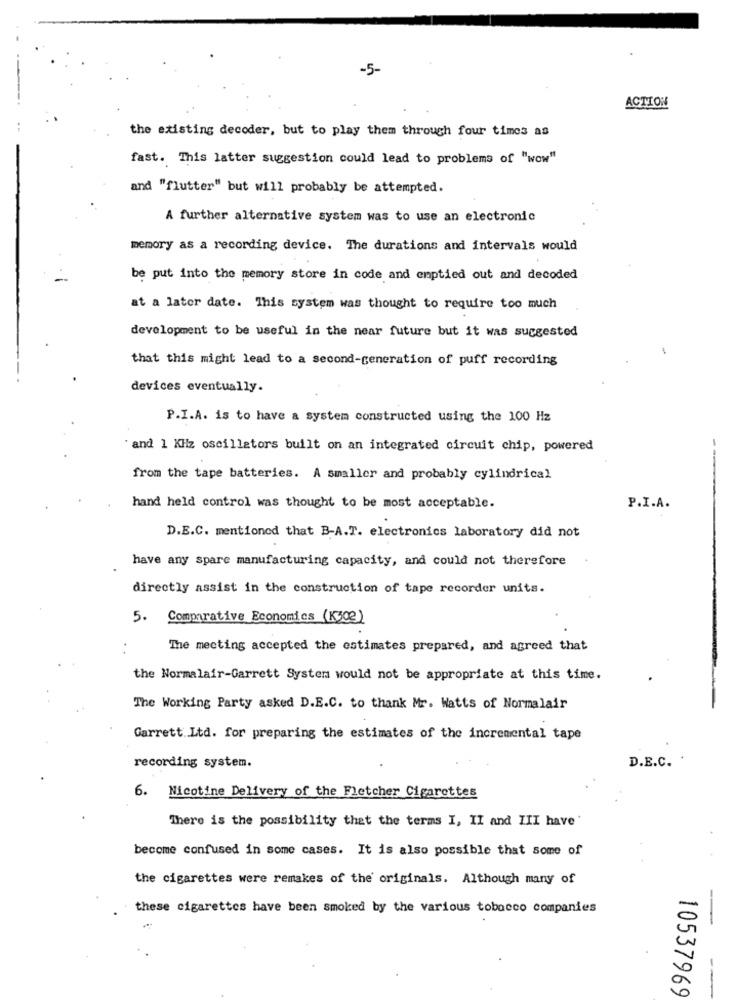
-5-
ACTION
the existing decoder, but to play them through four times as
fast. This latter suggestion could lead to problems of "wow"
and "flutter" but will probably be attempted.
A further alternative system was to use an electronic
memory as a recording device. The durations and intervals would
be put into the memory store in code and emptied out and decoded
at a later date. This system was thought to require too much
development to be useful in the near future but it was suggested
that this might lead to a second-generation of puff recording
devices eventually.
P.I.A. is to have a system constructed using the 100 Hz
and 1 KHz oscillators built on an integrated circuit chip, powered
from the tape batteries. A smaller and probably cylindrical
hand held control was thought to be most acceptable.
P.I.A.
D.E.C. mentioned that B-A.T. electronics laboratory did not
have any spare manufacturing capacity, and could not therefore
directly assist in the construction of tape recorder units.
5. Comparative Economics (K302)
The meeting accepted the estimates prepared, and agreed that
the Normalair-Garrett System would not be appropriate at this time.
The Working Party asked D.E.C. to thank Mr. Watts of Normalair
Garrett.Ltd. for preparing the estimates of the incremental tape
recording system.
D.E.C.
6. Nicotine Delivery of the Fletcher Cigarettes
There is the possibility that the terms I, II and III have'
become confused in some cases. It is also possible that some of
the cigarettes were remakes of the originals. Although many of
these cigarettes have been smoked by the various tobacco companies
10537969